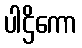
ပါဌိကော